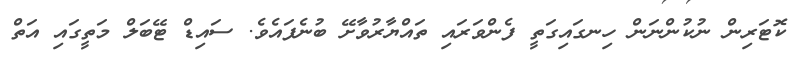
ކޮޓަރިން ނުކުންނަން ހިނގައިގަތީ ފެންވަރައި ތައްޔާރުވާށޭ ބުނެފައެވެ. ސައިޑް ޓޭބަލް މަތީގައި އަތް